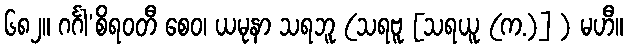
၆၈၂။ ဂင်္ဂါ’စိရဝတီ စေဝ၊ ယမုနာ သရဘူ (သရဗူ [သရယူ (က.)] ) မဟီ။